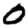
Digit: 0